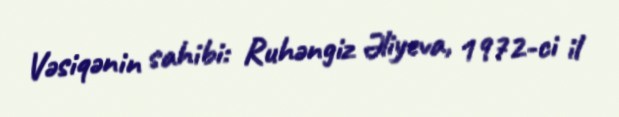
Vəsiqənin sahibi: Ruhəngiz Əliyeva, 1972-ci il